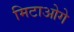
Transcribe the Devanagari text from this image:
मिटाओगे